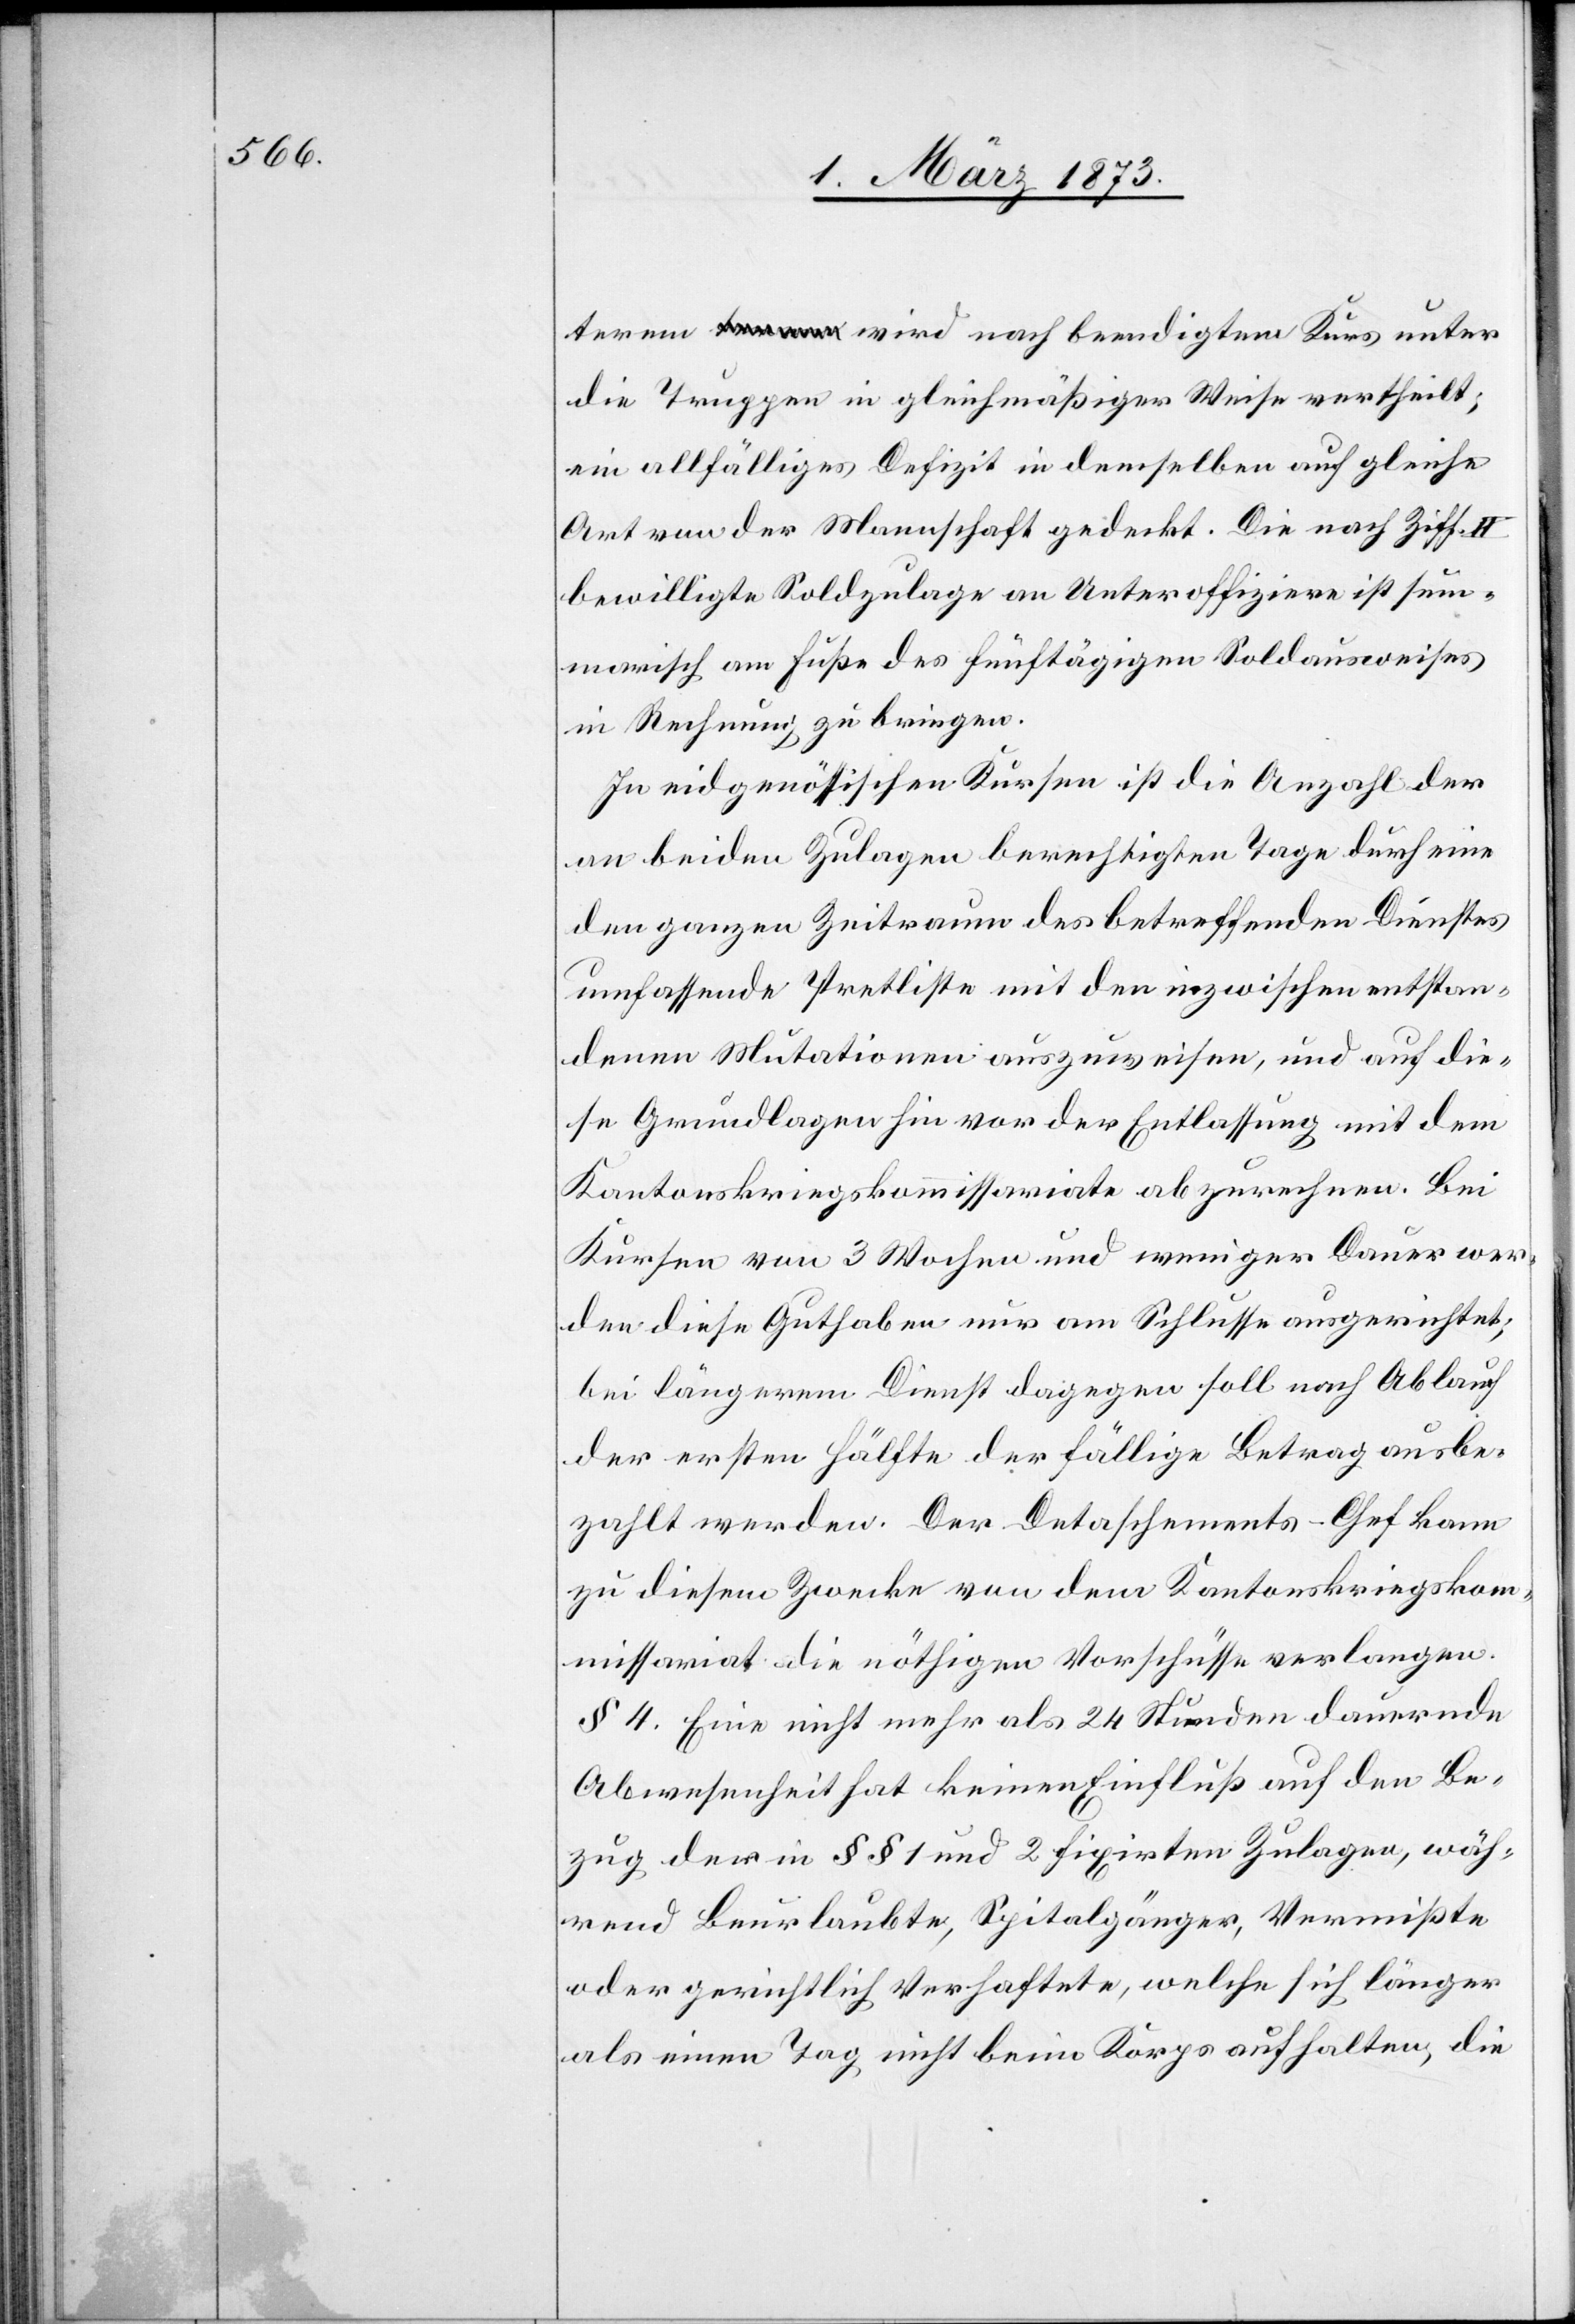
terem wird nach beendigtem Kurs unter
die Truppen in gleichmäßiger Weise vertheilt;
ein allfälliges Defizit in demselben auf gleiche
Art von der Mannschaft gedeckt. Die nach Ziff. II
bewilligte Soldzulage an Unteroffiziere ist sum¬
marisch am Fuße des fünftägigen Soldausweises
in Rechnung zu bringen.
In eidgenössischen Kursen ist die Anzahl der
an beiden Zulagen berechtigten Tage durch eine
den ganzen Zeitraum des betreffenden Dienstes
umfassende Pretliste mit den inzwischen entstan¬
denen Mutationen auszuweisen, und auf die¬
se Grundlagen hin vor der Entlassung mit dem
Kantonskriegskommissariate abzurechnen. Bei
Kursen von 3 Wochen und weniger Dauer wer¬
den diese Guthaben nur am Schlusse ausgerichtet;
bei längerem Dienst dagegen soll nach Ablauf
der ersten Hälfte der fällige Betrag ausbe¬
zahlt werden. Der Detaschements-Chef kann
zu diesem Zwecke von dem Kantonskriegskom¬
missariat die nöthigen Vorschüsse verlangen.
§ 4. Eine nicht mehr als 24 Stunden dauernde
Abwesenheit hat keinen Einfluß auf den Be¬
zug der in §§ 1 und 2 fixirten Zulagen, wäh¬
rend Beurlaubte, Spitalgänger, Vermißte
oder gerichtlich Verhaftete, welche sich länger
als einen Tag nicht beim Korps aufhalten, die